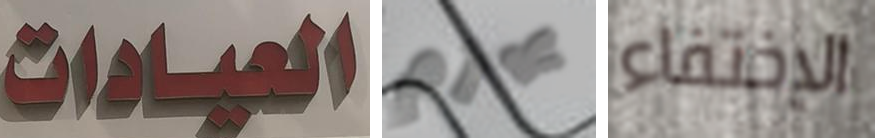
العيادات يهزم الإختفاء